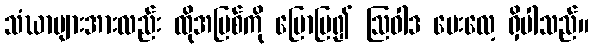
သံဃာများအားလည်း ထိုအပြစ်ကို ပြောပြ၍ ဩဝါဒ ပေးလေ့ ရှိပါသည်။